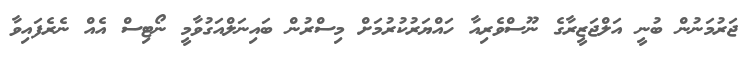
ޖަރުމަނުން ބުނީ އަލްޖަޒީރާގެ ނޫސްވެރިއާ ހައްޔަރުކުރުމަށް މިސްރުން ބައިނަލްއަގުވާމީ ނޯޓިސް އެއް ނެރެފައިވާ